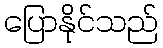
ပြောနိုင်သည်